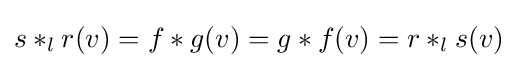
s*_{l}r(v)=f*g(v)=g*f(v)=r*_{l}s(v)